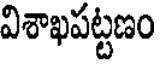
విశాఖపట్టణం